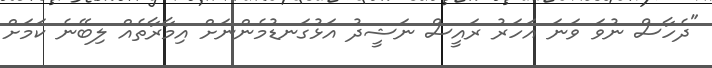
"ދެހާސް ނުވަ ވަނަ އަހަރު ރައީސް ނަޝީދު އަޅުގަނޑުމެންނަށް އިމާރާތެއް ލިބޭނެ ކަމަށް